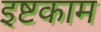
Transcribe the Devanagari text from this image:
इष्टकाम